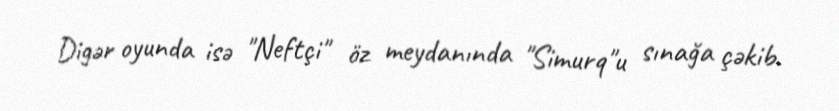
Digər oyunda isə "Neftçi" öz meydanında "Simurq"u sınağa çəkib.